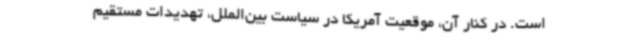
است. در کنار آن، موقعیت آمریکا در سیاست بین‌الملل، تهدیدات مستقیم